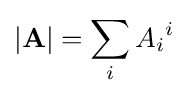
|\mathbf {A} |=\sum _{i}A_{i}{}^{i}